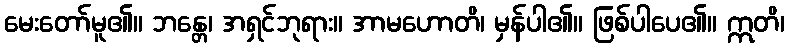
မေးတော်မူ၏။ ဘန္တေ၊ အရှင်ဘုရား။ အာမဟောတိ၊ မှန်ပါ၏။ ဖြစ်ပါပေ၏။ ဣတိ၊